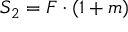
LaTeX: S _ { 2 } = F \cdot ( 1 + m )